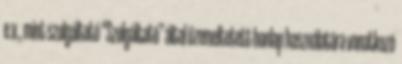
e.v., mint szolgáltató “Szolgáltató” által üzemeltetett honlap használatára vonatkozó